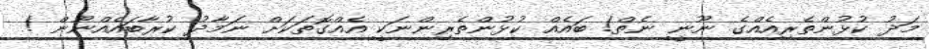
މަދު ކުޅުންތެރިއެއްގެ ނޫނީ ނެތް! ބައެއް ކުޅުންތެރިންނަކީ އެއްގޮތަކަށް ނަމާދު ކުރާބައެއްނޫން !